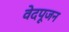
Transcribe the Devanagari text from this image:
वेदपूजन